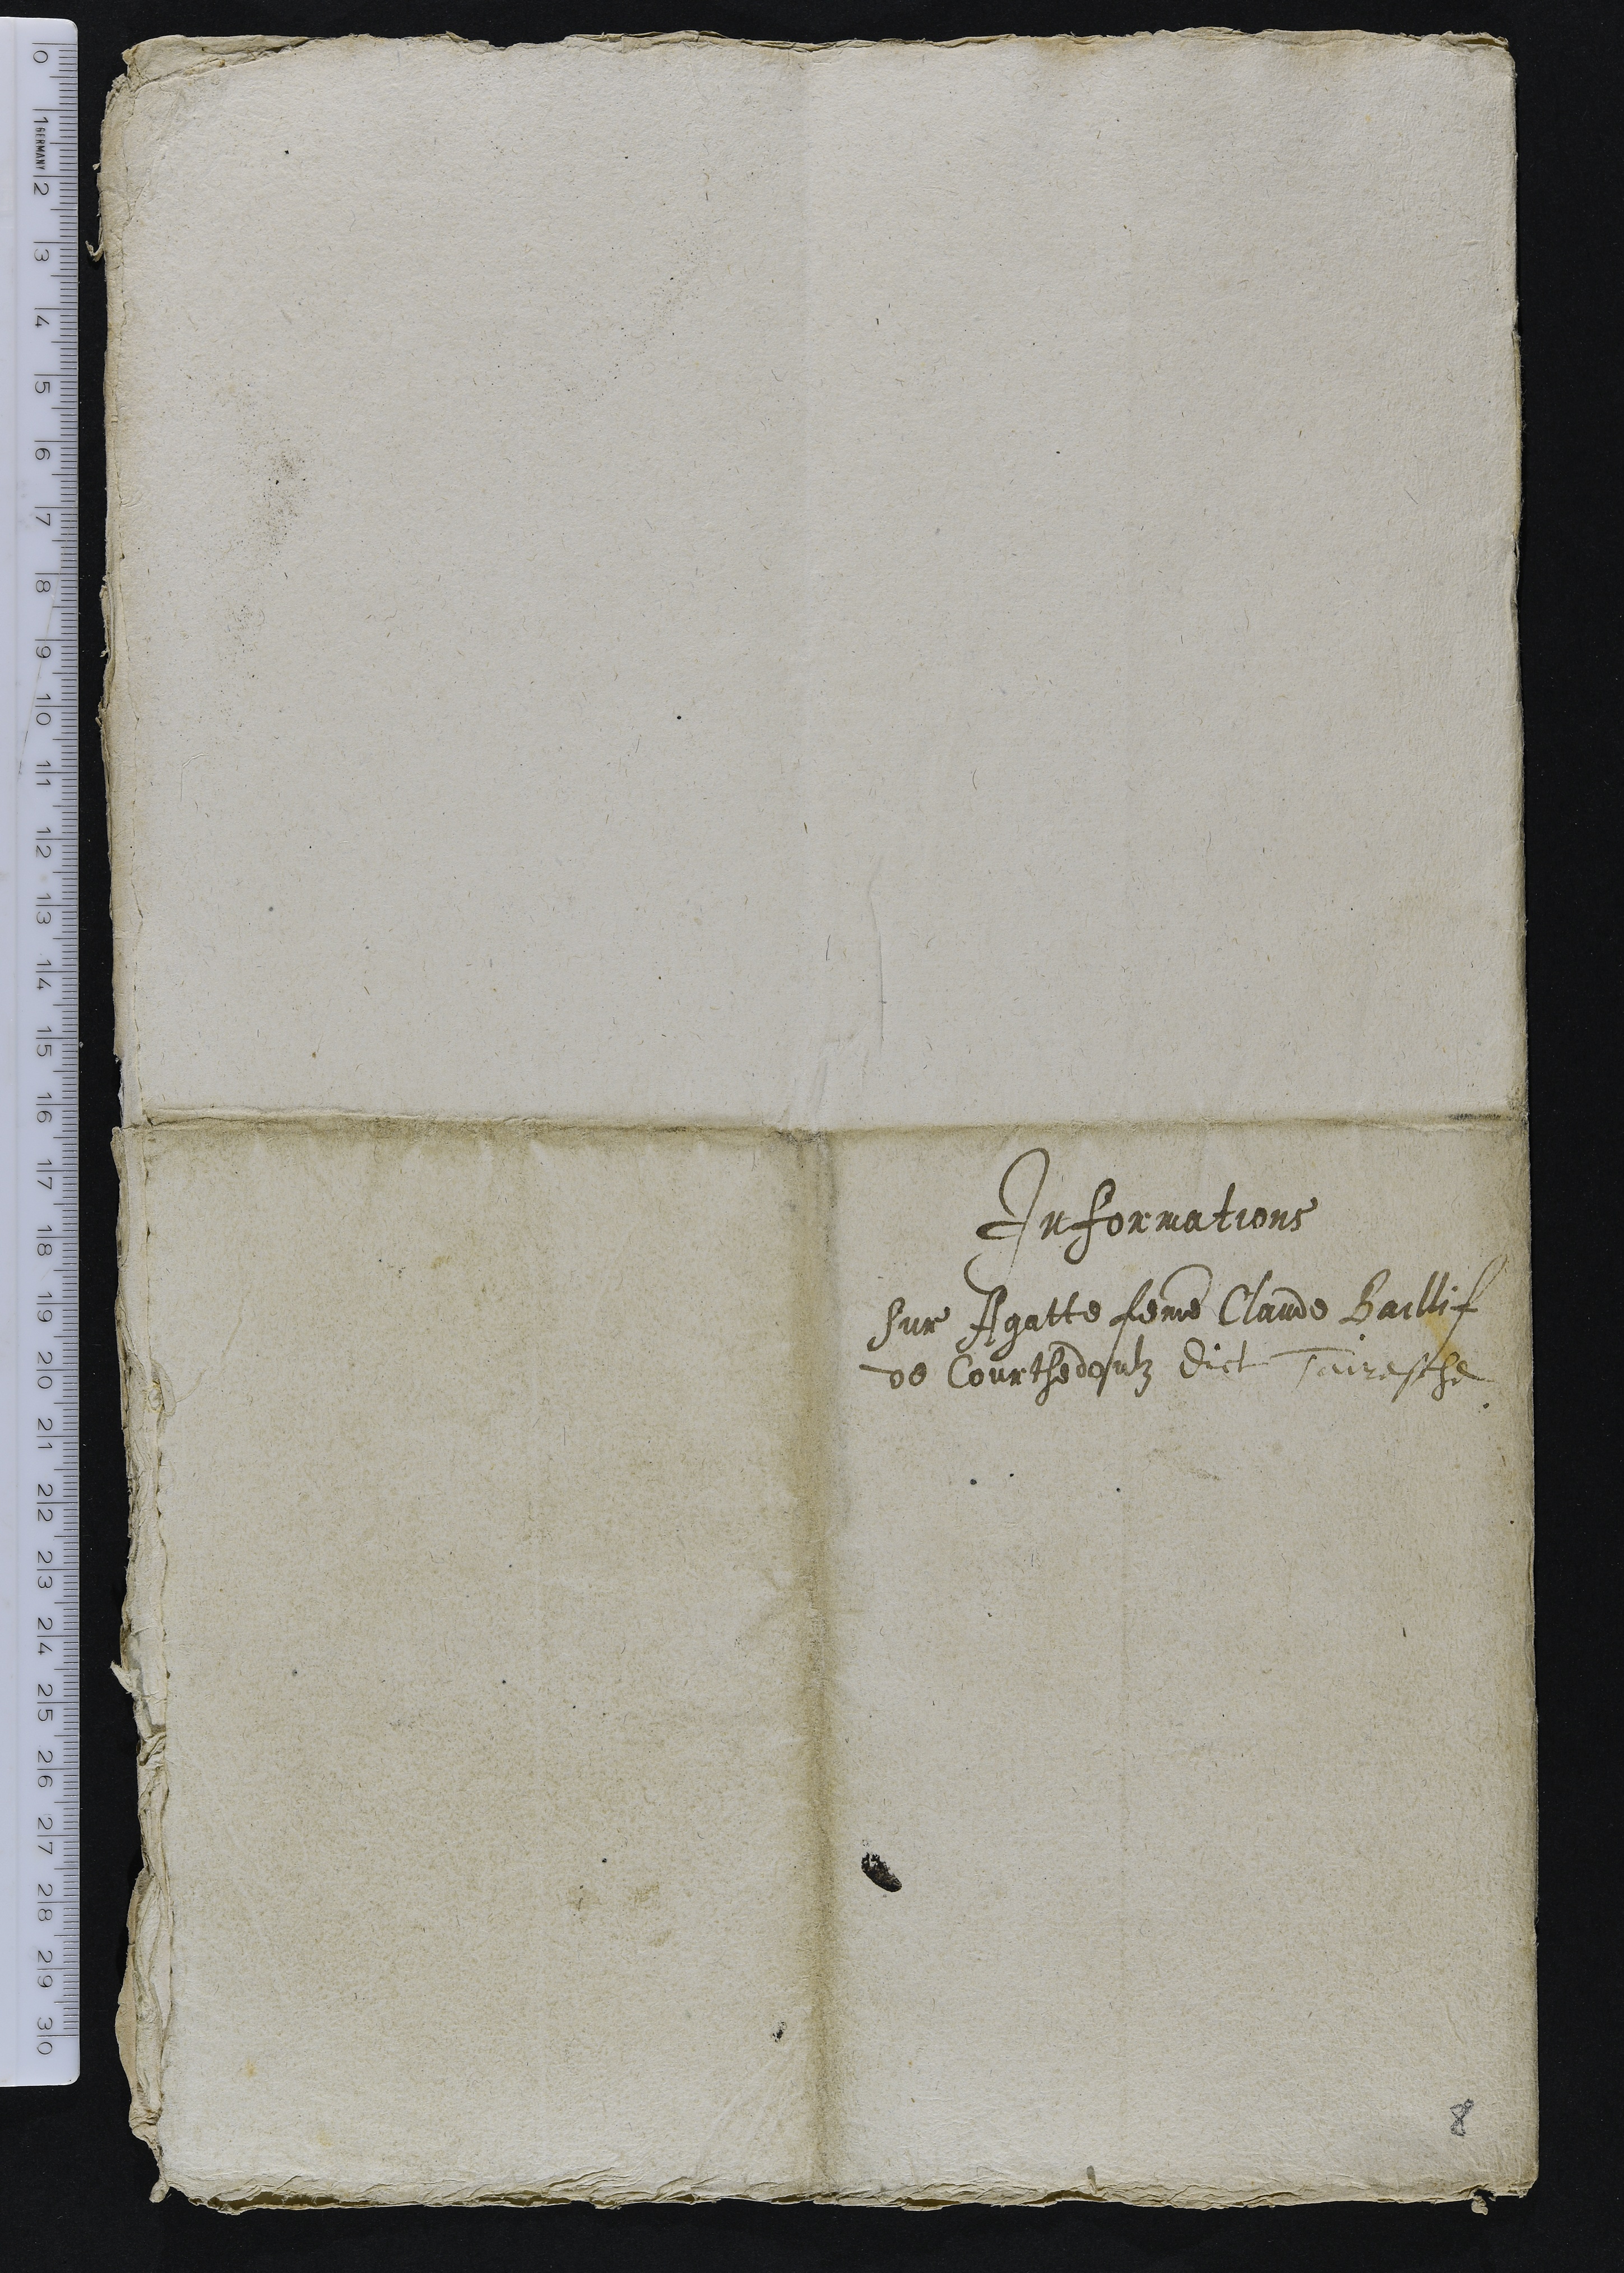
Informations
Sur Agatte femme Claude Baillif
de Courthedoulz dict Tairasche

8